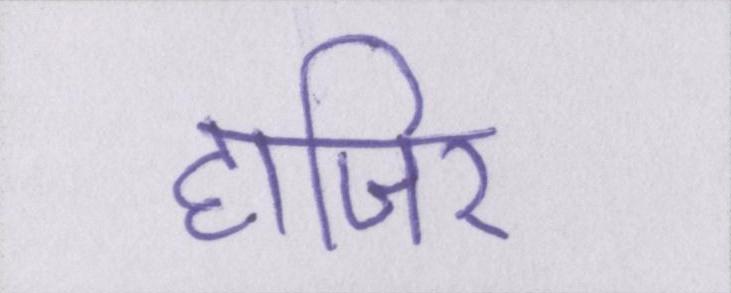
हाजिर